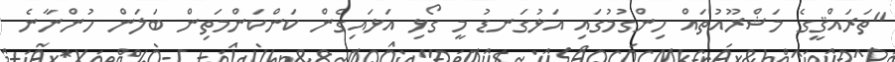
"ތަރައްޤީގެ މަޝްރޫއުތައް ހިންގުމުގައި އަޅުގަނޑު މީ ގޯޅި އަޅައިގެން ކަންކަންމަތިން ބަަލަން ހުންނާނެ